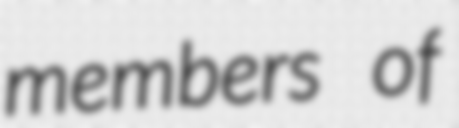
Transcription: members of